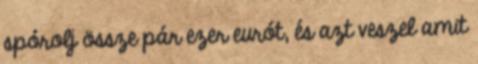
spórolj össze pár ezer eurót, és azt veszel amit